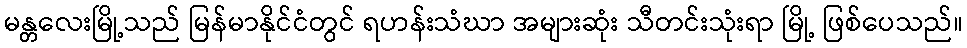
မန္တလေးမြို့သည် မြန်မာနိုင်ငံတွင် ရဟန်းသံဃာ အများဆုံး သီတင်းသုံးရာ မြို့ ဖြစ်ပေသည်။